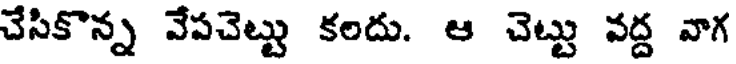
చేసికొన్న వేపచెట్టు కలదు. ఆ చెట్టు వద్ద వాగ